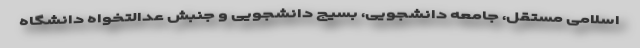
اسلامی مستقل، جامعه دانشجویی، بسیج دانشجویی و جنبش عدالتخواه دانشگاه